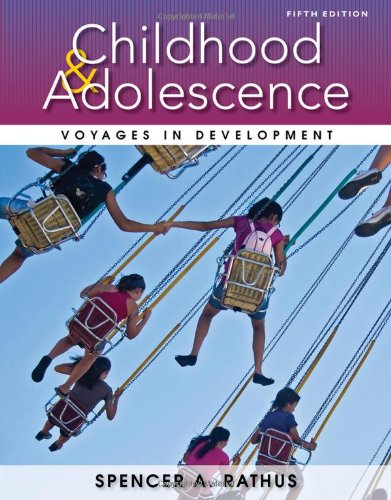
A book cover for Childhood and Adolescence: Voyages in Development; Spencer A. Rathus; Medical Books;